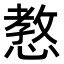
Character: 𢠛